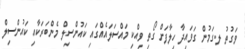
ވަގުތު ލ.ގަމުން ގަވައިދާ ހިލާފަށް ގޯތި ވިއްކި މައްސަލައެއްގައި ކައުންސިލް މެންބަރަކާއި ކައުންސިލް